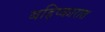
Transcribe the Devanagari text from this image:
बहिष्कारात